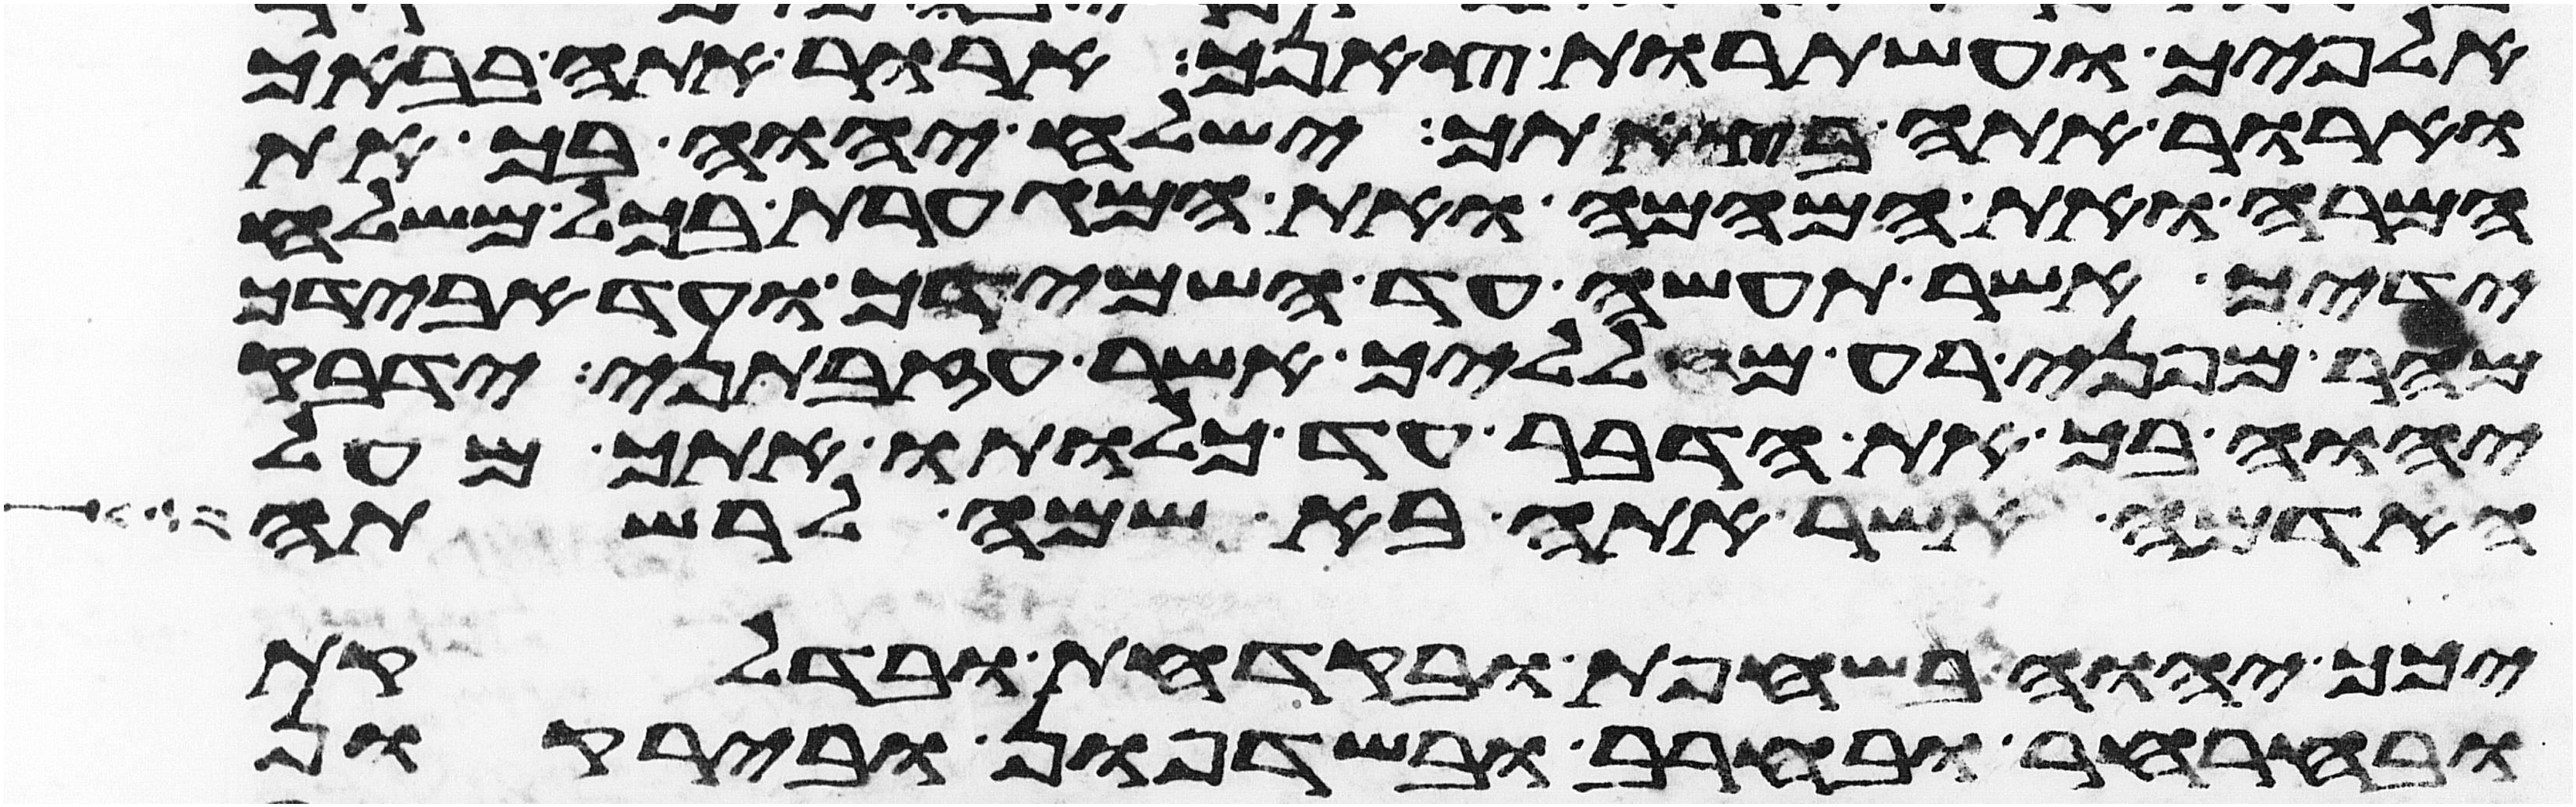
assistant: אלפיך ועשתרות צאנך ארור אתה בבאך
וארור אתה בצאתך ישלח יהוה בך את
המרה ואת המהמה ואת המגערת בכל משלח
ידיך אשר תעשה עד השמידך ועד אבידך
מהר מפני רע מעלליך אשר עזבתני ידבק
יהוה בך את הדבר עד כלותו אתך מעל
האדמה אשר אתה בא שמה לרשתה
יכך יהוה בשחפת ובקדחת ובדלקת
ובחרחר ובחרב ובשדפון ובירקון